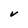
Character: V